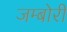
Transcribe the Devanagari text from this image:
जम्बोरी